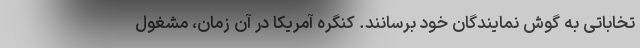
تخاباتی به گوش نمایندگان خود برسانند. کنگره آمریکا در آن زمان، مشغول